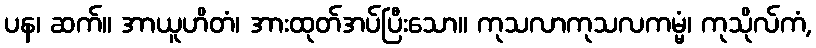
ပန၊ ဆက်။ အာယူဟိတံ၊ အားထုတ်အပ်ပြီးသော။ ကုသလာကုသလကမ္မံ၊ ကုသိုလ်ကံ,